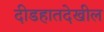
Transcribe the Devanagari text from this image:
दीडहातदेखील